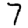
Digit: 7